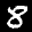
Label: 8